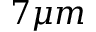
7 \mu m